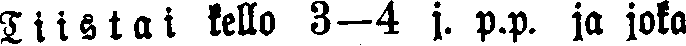
Tiistai kello 3—4 j. p.p. ja joka